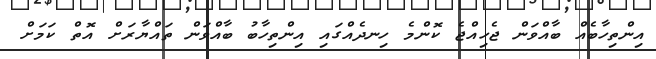
އިންތިހާބެއް ބާއްވަން ޖެހިއްޖެ ކޮންމެ ހިނދެއްގައި އިންތިހާބު ބާއްވަން ތައްޔާރަށް އޮތް ކަމަށް